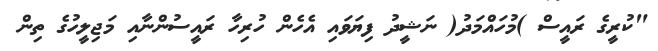
"ކުރީގެ ރައީސް )މުހައްމަދު( ނަޝީދު ފިޔަވައި އެހެން ހުރިހާ ރައީސުންނާއި މަޖިލީހުގެ ތިން